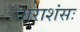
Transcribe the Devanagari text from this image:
नाराशंसः